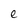
Character: e